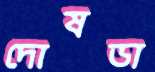
দোষডা